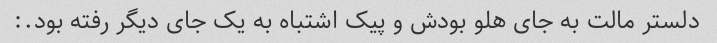
دلستر مالت به جای هلو بودش و پیک اشتباه به یک جای دیگر رفته بود.: